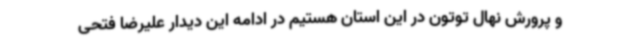
و پرورش نهال توتون در این استان هستیم در ادامه این دیدار علیرضا فتحی